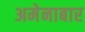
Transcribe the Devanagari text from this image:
अमेनाबार